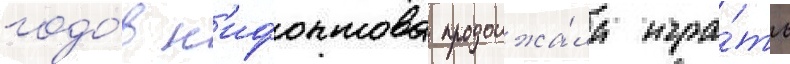
годо́в н'ифонтова продолжа́ла игра́ть